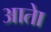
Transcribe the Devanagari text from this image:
आताे